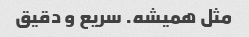
مثل همیشه. سریع و دقیق